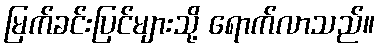
မြက်ခင်းပြင်များသို့ ရောက်လာသည်။